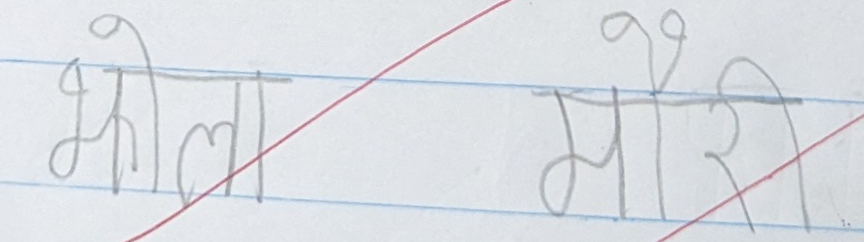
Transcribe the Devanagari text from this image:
झोला मौरी